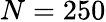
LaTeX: N=250